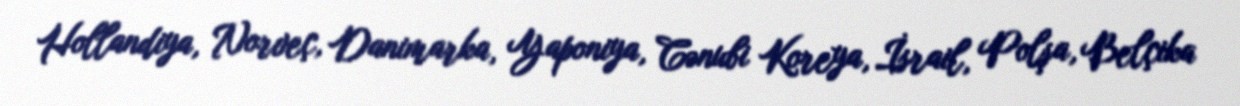
Hollandiya, Norveç, Danimarka, Yaponiya, Cənubi Koreya, İsrail, Polşa, Belçika